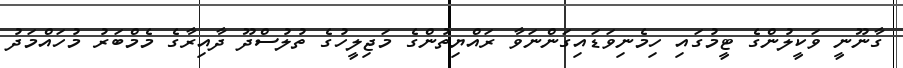
ގާނޫނީ ވަކީލުންގެ ޓީމުގައި ހިމެނިވަޑައިގަންނަވާ ރައްޔިތުންގެ މަޖިލީހުގެ ތުލުސްދޫ ދާއިރާގެ މެމްބަރު މުހައްމަދު